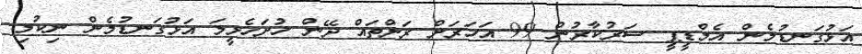
އަޅުގަނޑުމެން އެމްޑީޕީ ސަރުކާރުން 99 އަހަރަށް ރަށްތައް ދޭން ހުށަހެޅީމަ އަޅުގަނޑުމެން ނިކުމި